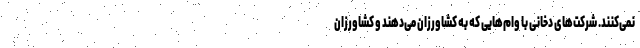
نمی‌کنند. شرکت‌های دخانی با وام‌هایی که به کشاورزان می‌دهند و کشاورزان